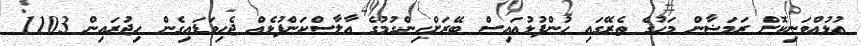
އުޅުއްވަނިކޮށް ރަމަޟާން މަހުގެ ތެރޭގައި ހުންފުޅުއައިސް ބޭރަށްހިންގުމުގެ އާލާސްކަންފުޅެއް ޖެހިވަޑައިގެން ހިޖުރައިން 1103